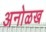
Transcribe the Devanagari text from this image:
अनोळख